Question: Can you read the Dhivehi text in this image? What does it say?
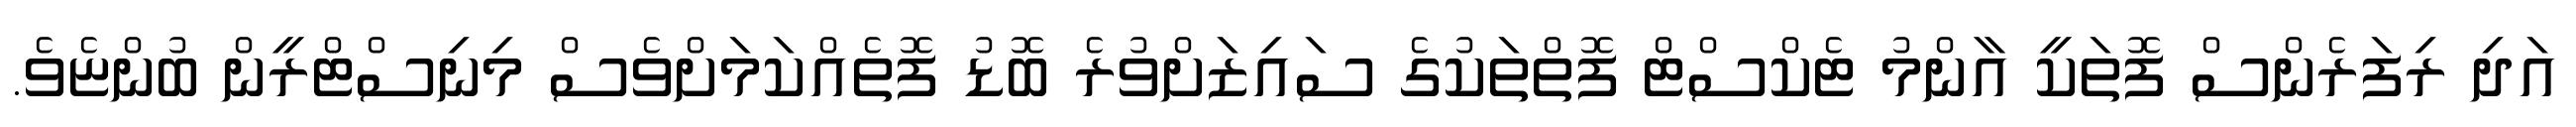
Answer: އަދި ރިފަރެންސް ފޮތަކީ އާންމު ޓެކްސްޓް ފޮތްތަކުގެ ސައިޒަށްވުރެ ބޮޑު ފޮތެއްކަމަށްވެސް މިނިސްޓްރީން ބުންޏެވެ.